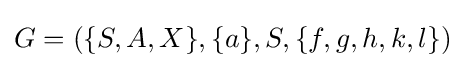
G=(\{S,A,X\},\{a\},S,\{f,g,h,k,l\})